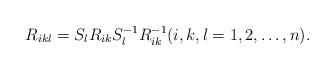
LaTeX: \begin{align*}R_{ikl}=S_l R_{ik} S^{-1}_l R^{-1}_{ik}(i,k,l=1,2,\ldots,n).\end{align*}